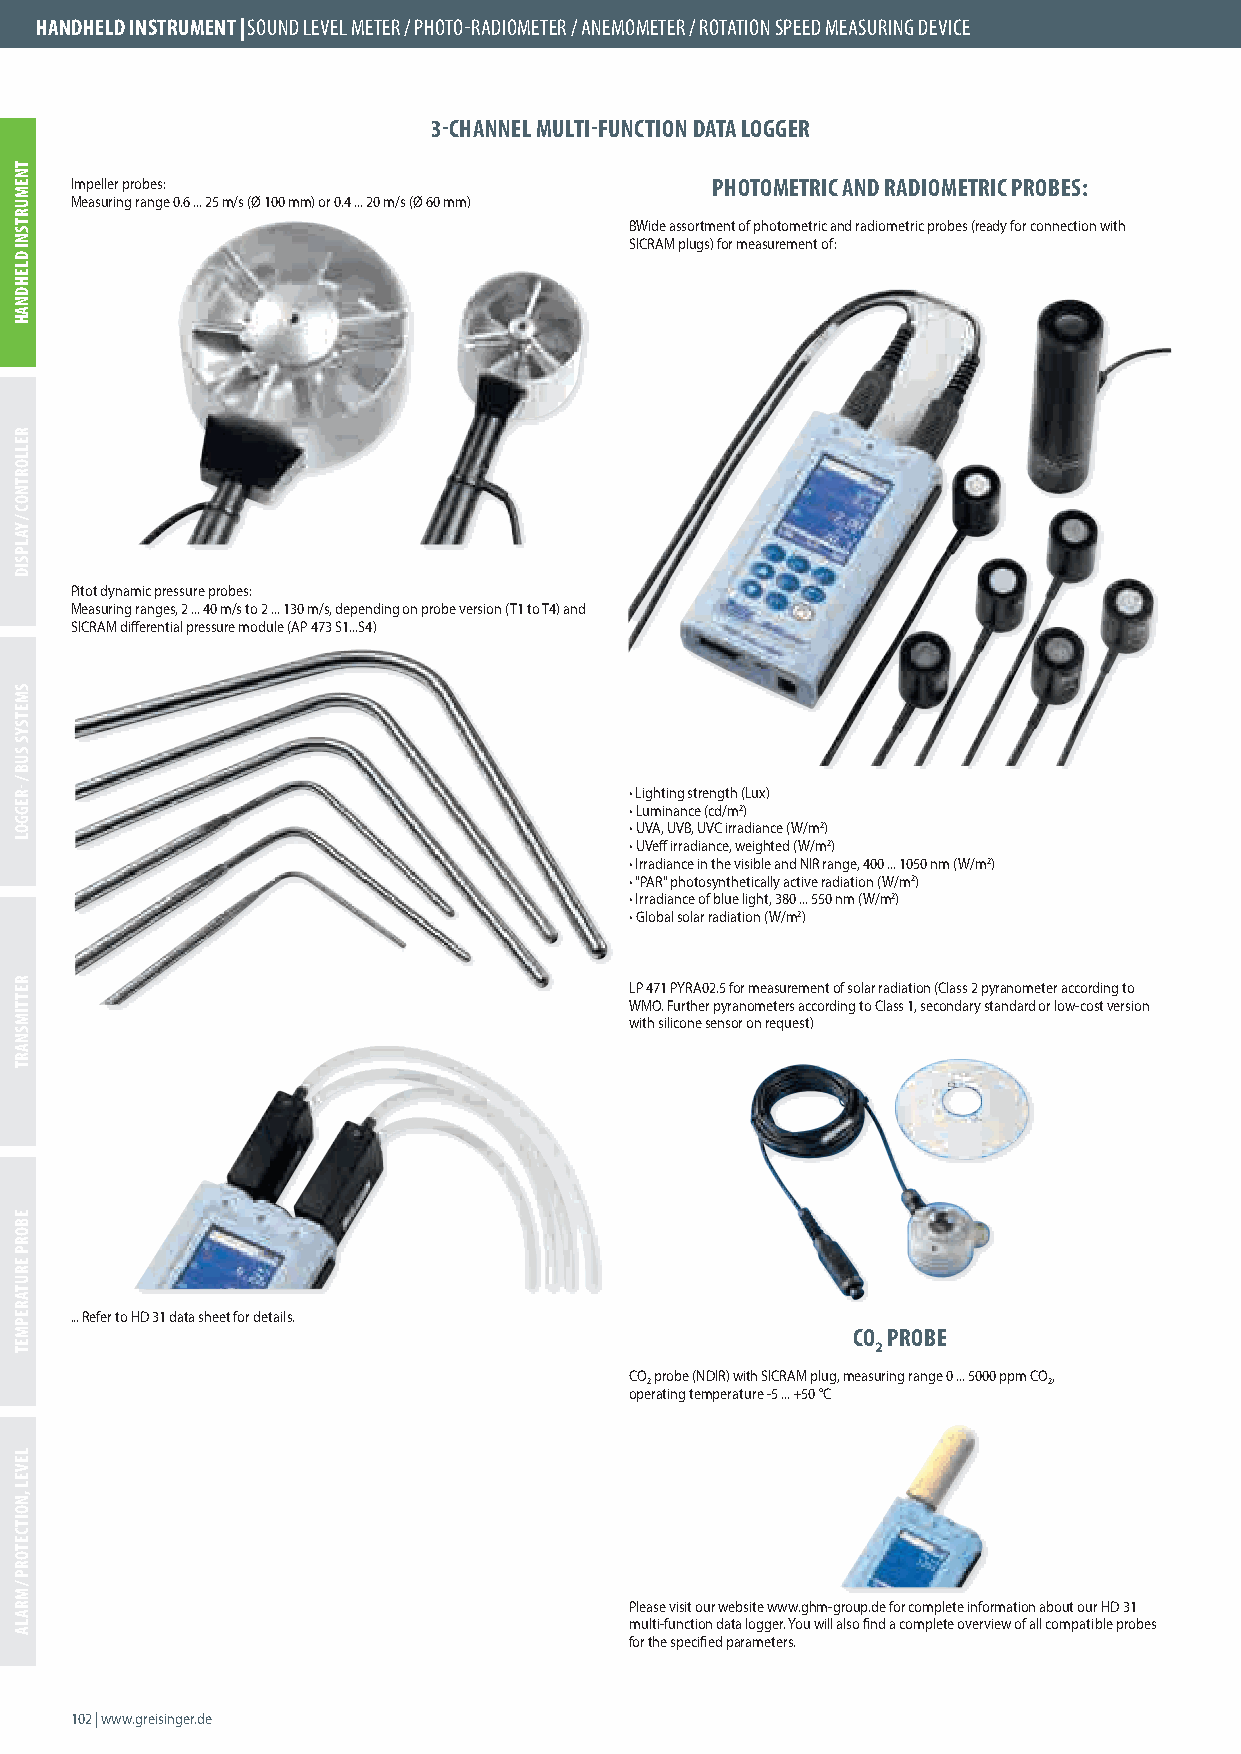
HANDHELD INSTRUMENT | SOUND LEVEL METER / PHOTO-RADIOMETER / ANEMOMETER / ROTATION SPEED MEASURING DEVICE
 3-CHANNEL MULTI-FUNCTION DATA LOGGER
 Impeller probes:                          PHOTOMETRIC AND RADIOMETRIC PROBES:
 Measuring range 0.6 ... 25 m/s (Ø 100 mm) or 0.4 ... 20 m/s (Ø 60 mm)
 BWide assortment of photometric and radiometric probes (ready for connection with
 SICRAM plugs) for measurement of:
 Pitot dynamic pressure probes:
 Measuring ranges, 2 ... 40 m/s to 2 ... 130 m/s, depending on probe version (T1 to T4) and
 SICRAM diff erential pressure module (AP 473 S1...S4)
 • Lighting strength (Lux)
 • Luminance (cd/m2)
 • UVA, UVB, UVC irradiance (W/m2)
 • UVeff irradiance, weighted (W/m2)
 • Irradiance in the visible and NIR range, 400 ... 1050 nm (W/m2)
 • "PAR" photosynthetically active radiation (W/m2)
 • Irradiance of blue light, 380 ... 550 nm (W/m2)
 • Global solar radiation (W/m2)
 LP 471 PYRA02.5 for measurement of solar radiation (Class 2 pyranometer according to
 WMO. Further pyranometers according to Class 1, secondary standard or low-cost version
 with silicone sensor on request)
 ... Refer to HD 31 data sheet for details.
 CO PROBE
 2
 CO probe (NDIR) with SICRAM plug, measuring range 0 ... 5000 ppm CO,
 2                         2
 operating temperature -5 ... +50 °C
 Please visit our website www.ghm-group.de for complete information about our HD 31
 multi-function data logger. You will also fi nd a complete overview of all compatible probes
 for the specifi ed parameters.
 102 | www.greisinger.de
 TNEMURTSNI
 DLEHDNAH
 RELLORTNOC
 /
 YALPSID
 SMETSYS
 SUB
 /
 -REGGOL
 RETTIMSNART
 EBORP
 ERUTAREPMET
 LEVEL
 ,NOITCETORP
 /
 MRALA